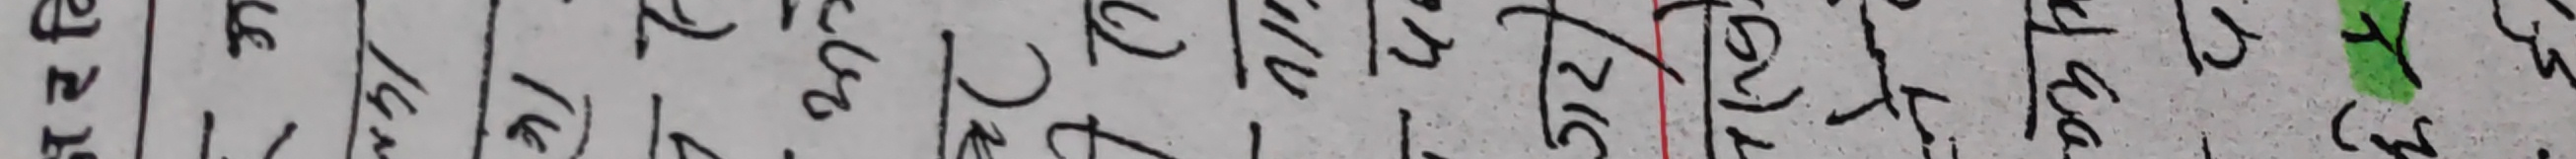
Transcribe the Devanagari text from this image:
९ ६ १ ८ २ ३ १ ६ १ १ १ ७
४ ३ २ १ २ ३ ५ २ ६ ५ २ २
२ १ ४ ५ १ ३ १ २ ६ ५ २ २
१ २ ३ १ १ २ ३ २ ६ ५ २ २
३ १ २ ४ २ ३ २ ४ १ १ १ २
२ ३ ४ १ १ २ १ १ १ १ १ १
५ ३ १ ४ १ २ २ १ १ १ १ २
८ ७ ९ ६ ५ ४ ३ २ १ १ १ २
१ २ १ ४ ३ २ ५ ७ १ १ १ ५
४ ३ २ १ १ २ १ २ ४ २ २ १
३ २ १ ४ १ २ ३ २ १ १ १ २
१ २ ३ १ १ २ १ १ ६ ५ २ २
२ १ ३ ४ ३ २ १ १ १ १ १ २
५ २ ४ १ १ २ २ १ ४ २ २ २
८ ७ ९ ६ ५ ४ ३ २ १ १ १ ५